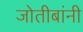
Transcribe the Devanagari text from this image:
जोतीबांनी